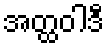
အတ္ထဝါဒီ